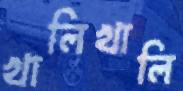
খালিখালি